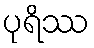
ပုရိဿ